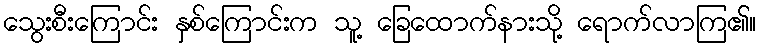
သွေးစီးကြောင်း နှစ်ကြောင်းက သူ့ ခြေထောက်နားသို့ ရောက်လာကြ၏။